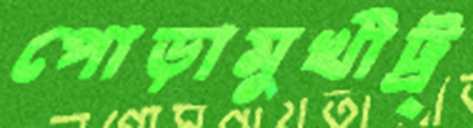
পোড়ামুখীট্র্